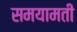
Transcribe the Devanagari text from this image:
समयामती